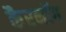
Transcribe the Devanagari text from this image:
कैरनॉग